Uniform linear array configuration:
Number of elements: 48
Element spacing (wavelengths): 0.5
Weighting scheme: binomial
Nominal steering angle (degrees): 0
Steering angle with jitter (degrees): -0.2106
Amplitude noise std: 0.05
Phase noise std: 0.05

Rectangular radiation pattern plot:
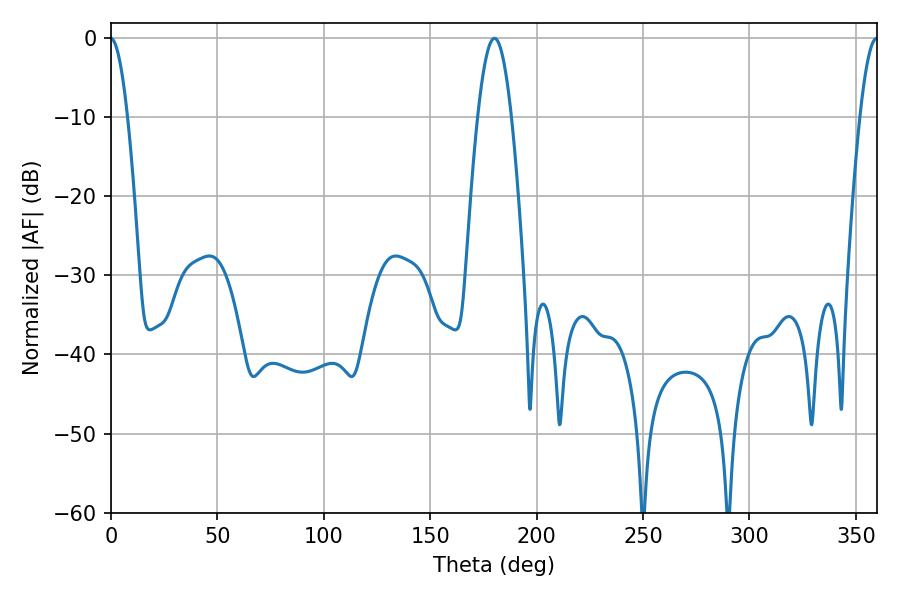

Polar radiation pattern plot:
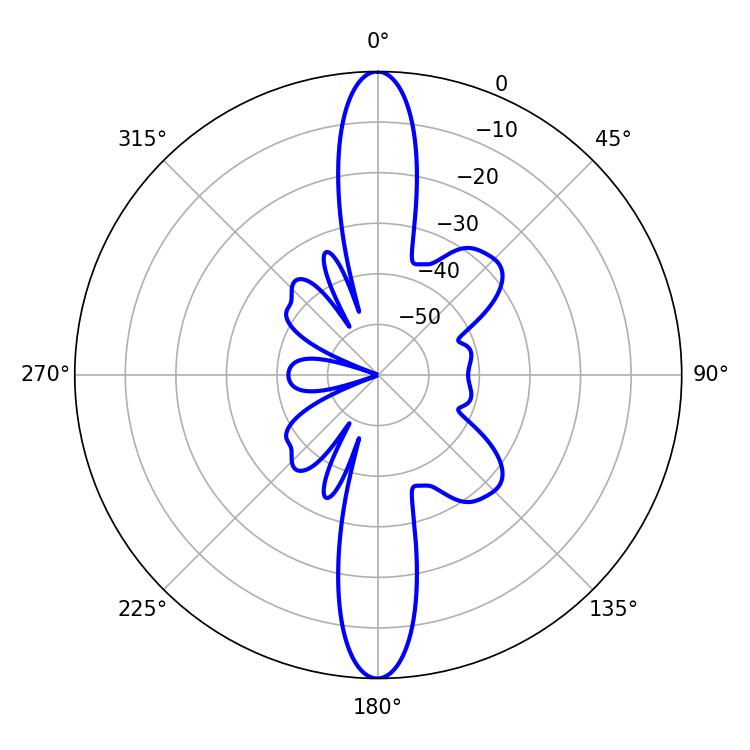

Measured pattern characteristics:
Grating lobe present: FALSE
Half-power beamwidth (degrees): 8.64
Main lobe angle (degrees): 180.18